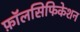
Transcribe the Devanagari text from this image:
फ़ॉलसिफिकेशन